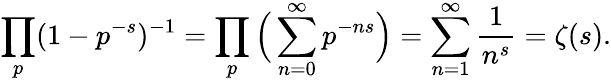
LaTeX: \prod_{p}(1-p^{-s})^{-1}=\prod_{p}{\Big(}\sum_{n=0}^{\infty}p^{-ns}{\Big)}=\sum_{n=1}^{\infty}{\frac{1}{n^{s}}}=\zeta(s).